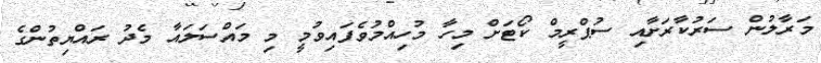
މަރާލުން ސަރުކާރަށާއި ސުޕްރީމް ކޯޓަށް މިހާ މުހިއްމުވެފައިވުމީ މި މައްސަލައާ މެދު ރައްޔިތުންގެ